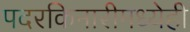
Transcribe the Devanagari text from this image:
पदरकिनारीमध्येही